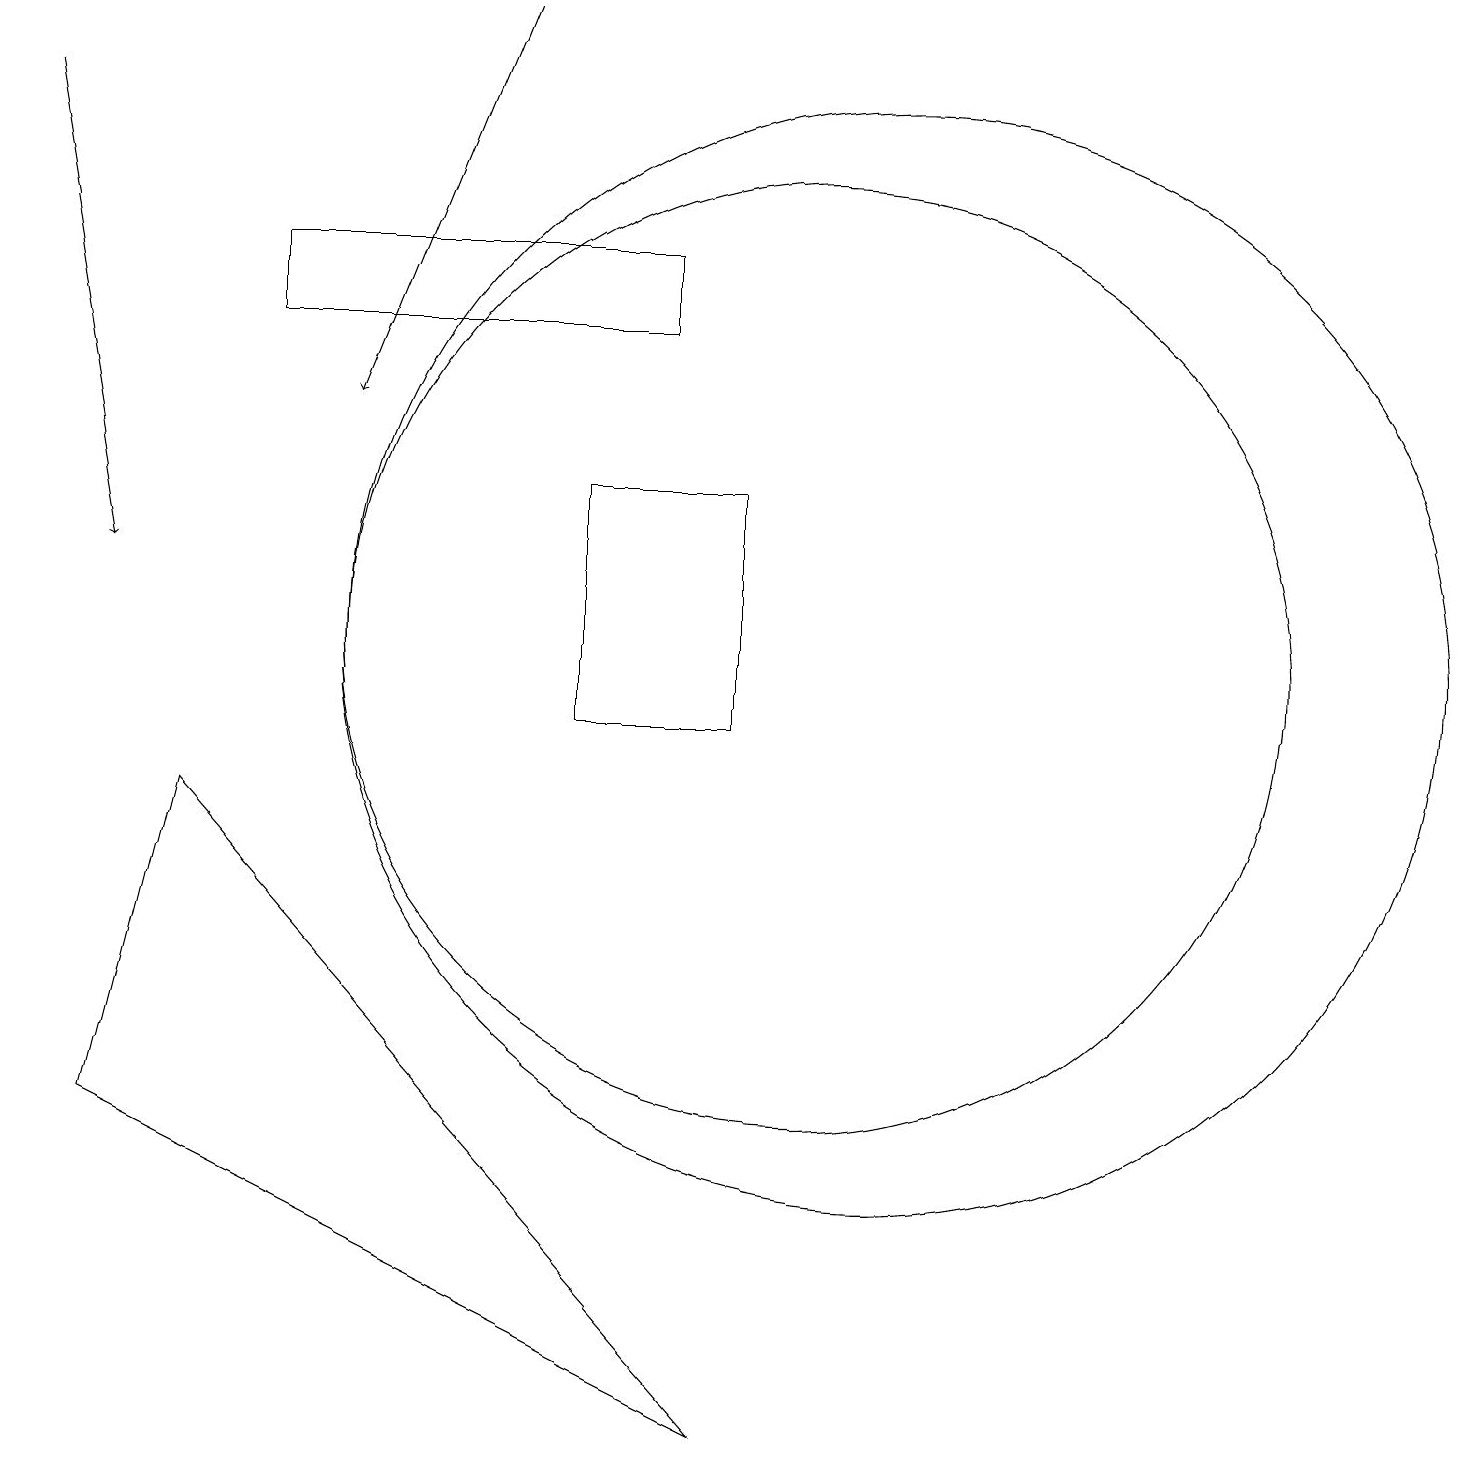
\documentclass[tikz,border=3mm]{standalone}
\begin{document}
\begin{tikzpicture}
\draw (3,15) rectangle (8,16);
\draw[->] (6,19) -- (4,14);
\draw (10,11) circle (6);
\draw (11,11) circle (7);
\draw (1,5) -- (2,9) -- (9,1) -- cycle;
\draw[->] (0,18) -- (1,12);
\draw (9,13) rectangle (7,10);
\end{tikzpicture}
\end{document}